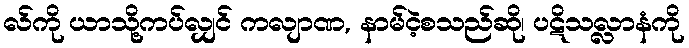
လ်ကို ယာသို့ကပ်လျှင် ကလျာဏ, နာမ်ငဲ့စသည်ဆို၊ ပဋိသလ္လာနံကို